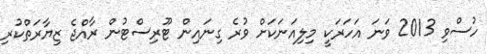
ހުސްވި 2013 ވަނަ އަހަރަކީ މިލިއަނަކަށް ވުރެ ގިނައިން ޓޫރިސްޓުން ރާއްޖެ ޒިޔާރަތްކުރި